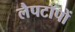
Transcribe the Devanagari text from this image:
लैपटॉपों